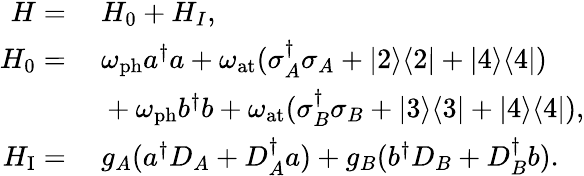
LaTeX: \begin{array}{rl}{H=}&{~H_{0}+H_{I},}\\ {H_{0}=}&{~\omega_{\mathrm{ph}}a^{\dagger}{a}+\omega_{\mathrm{at}}(\sigma_{A}^{\dagger}\sigma_{A}+|2\rangle\langle 2|+|4\rangle\langle 4|)}\\ &{~+\omega_{\mathrm{ph}}b^{\dagger}b+\omega_{\mathrm{at}}(\sigma_{B}^{\dagger}\sigma_{B}+|3\rangle\langle 3|+|4\rangle\langle 4|),}\\ {H_{\mathrm{I}}=}&{~g_{A}(a^{\dagger}D_{A}+D_{A}^{\dagger}a)+g_{B}(b^{\dagger}D_{B}+D_{B}^{\dagger}b).}\end{array}